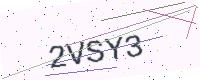
Text: 2VSY3